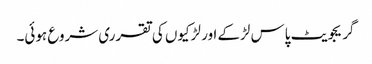
گریجویٹ پاس لڑ‌کے اور لڑکیوں کی تقرری شروع ہوئی۔